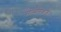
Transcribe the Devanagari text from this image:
सीमारक्षक